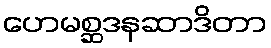
ဟေမစ္ဆဒနဆာဒိတာ